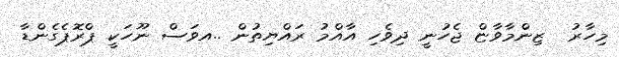
މިހާރު  ޒިންމާވާޏް ޖެހުނީ ދިވެހި އާއްމު ރައްޔިތުން ..އވަސް ނޫހަކީ ޕްރޮޕެގެންޑާ